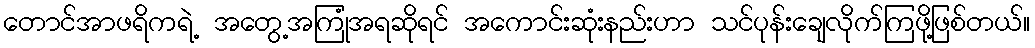
တောင်အာဖရိကရဲ့ အတွေ့အကြုံအရဆိုရင် အကောင်းဆုံးနည်းဟာ သင်ပုန်းချေလိုက်ကြဖို့ဖြစ်တယ်။